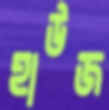
হাউজ